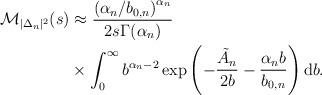
LaTeX: \begin{align*} \mathcal{M}_{|\Delta_n|^2}(s) & \approx \frac{\left({\alpha_n}/{b_{0,n}}\right)^{\alpha_n}}{2s\Gamma(\alpha_n)} \\& \times \int_0^{\infty}b^{\alpha_n-2}\exp\left(-\frac{\tilde{A}_n}{2b}-\frac{\alpha_n b}{b_{0,n}}\right)\mathrm{d}b.\end{align*}